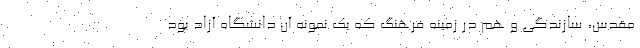
مقدس، سازندگی و هم در زمینه فرهنگ که یک نمونه آن دانشگاه آزاد بود